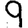
Digit: 9